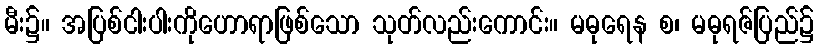
မီး၌။ အပြစ်ငါးပါးကိုဟောရာဖြစ်သော သုတ်လည်းကောင်း။ မဓုရေန စ၊ မဓုရဇ်ပြည်၌